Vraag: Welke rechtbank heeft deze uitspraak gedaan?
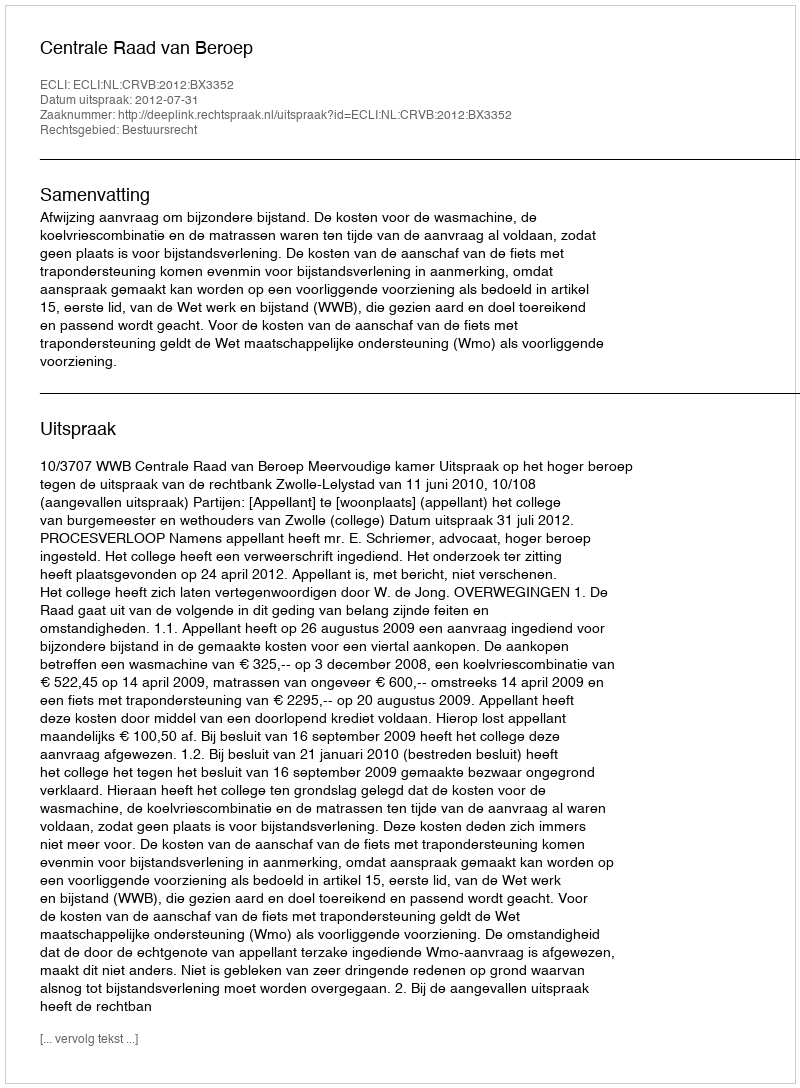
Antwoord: Centrale Raad van Beroep